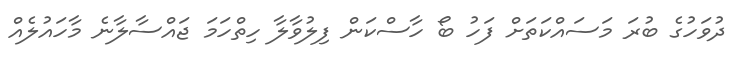
ދުވަހުގެ ބުރަ މަސައްކަތަށް ފަހު ބޯ ހާސްކަން ފިލުވާލާ ހިތްހަމަ ޖައްސާލާނެ މާހައުލެއް